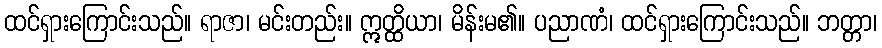
ထင်ရှားကြောင်းသည်။ ရာဇာ၊ မင်းတည်း။ ဣတ္ထိယာ၊ မိန်းမ၏။ ပညာဏံ၊ ထင်ရှားကြောင်းသည်။ ဘတ္တာ၊